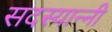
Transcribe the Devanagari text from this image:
सदस्यान्नी